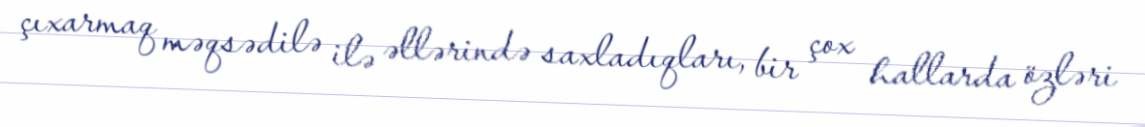
çıxarmaq məqsədilə ilə əllərində saxladıqları, bir çox hallarda özləri